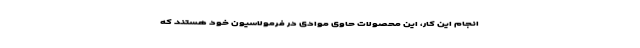
انجام این کار، این محصولات حاوی موادی در فرمولاسیون خود هستند که